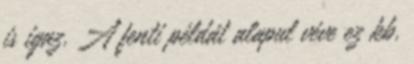
is igaz. A fenti példát alapul véve ez kb.